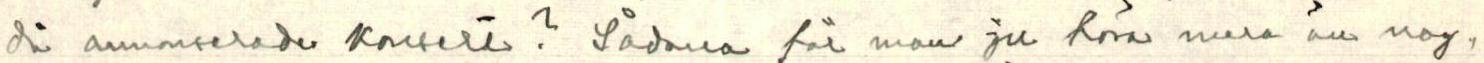
 då annonserade konsert? Sådana för man ju höra mera än nog,